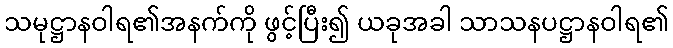
သမုဋ္ဌာနဝါရ၏အနက်ကို ဖွင့်ပြီး၍ ယခုအခါ သာသနပဋ္ဌာနဝါရ၏